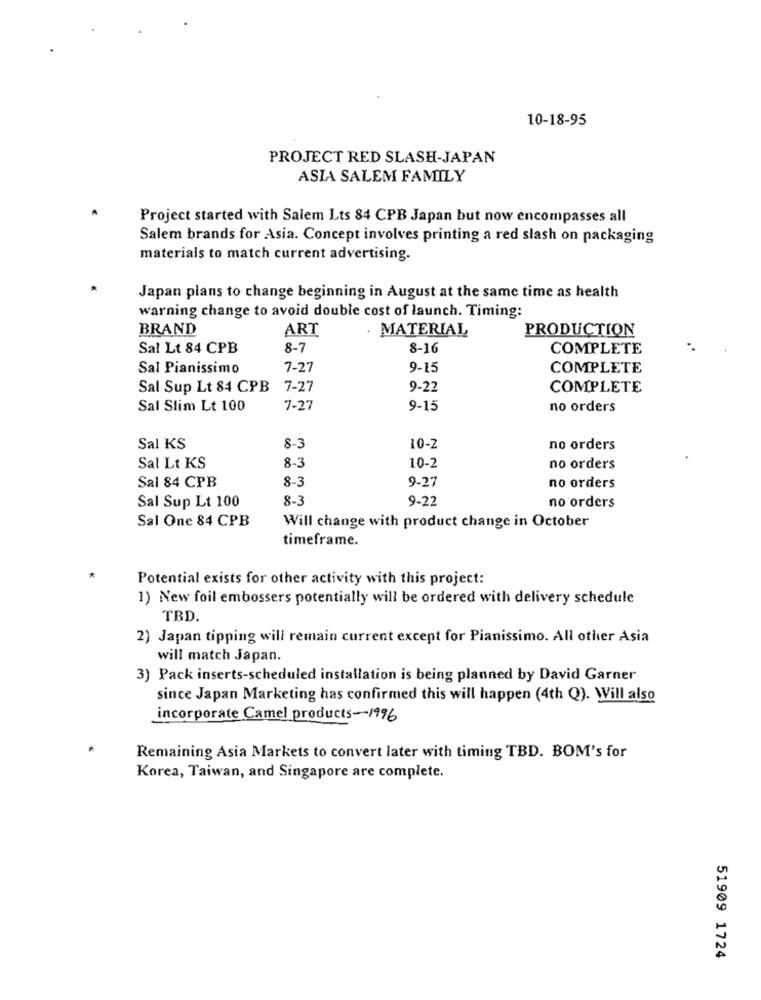
10-18-95
PROJECT RED SLASH-JAPAN
ASIA SALEM FAMILY
Project started with Salem Lts 84 CPB Japan but now encompasses all
Salem brands for Asia. Concept involves printing a red slash on packaging
materials to match current advertising.
Japan plans to change beginning in August at the same time as health
warning change to avoid double cost of launch. Timing:
BRAND
ART
. MATERIAL
PRODUCTION
Sal Lt 84 CPB
8-7
8-16
COMPLETE
Sal Pianissimo
7-27
9-15
COMPLETE
Sal Sup Lt 84 CPB
7-27
9-22
COMPLETE
Sal Slim Lt 100
7-27
9-15
no orders
Sal KS
8-3
10-2
no orders
Sal Lt KS
8-3
10-2
no orders
Sal 84 CPB
8-3
9-27
no orders
Sal Sup Lt 100
8-3
9-22
no orders
Sal One 84 CPB
Will change with product change in October
timeframe.
Potential exists for other activity with this project:
1) New foil embossers potentially will be ordered with delivery schedule
TBD.
2) Japan tipping will remain current except for Pianissimo. All other Asia
will match Japan.
3) Pack inserts-scheduled installation is being planned by David Garner
since Japan Marketing has confirmed this will happen (4th Q). Will also
incorporate Camel products-1996
Remaining Asia Markets to convert later with timing TBD. BOM's for
Korea, Taiwan, and Singapore are complete.
51909 1724